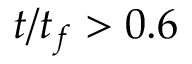
t / t _ { f } > 0 . 6